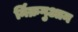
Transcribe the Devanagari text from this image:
र्निक्रगुआन